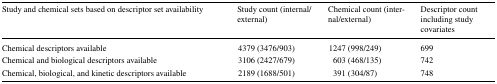
| Study and chemical sets based on descriptor set availability | Study count (internal/external) | Chemical count (internal/external) | Descriptor count including study covariates |
 | --- | --- | --- | --- |
 | Chemical descriptors available | 4379 (3476/903) | 1247 (998/249) | 699 |
 | Chemical and biological descriptors available | 3106 (2427/679) | 603 (468/135) | 742 |
 | Chemical, biological, and kinetic descriptors available | 2189 (1688/501) | 391 (304/87) | 748 |